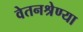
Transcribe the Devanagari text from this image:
वेतनश्रेण्या